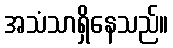
အသံသာရှိနေသည်။